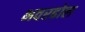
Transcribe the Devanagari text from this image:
भवरढोल